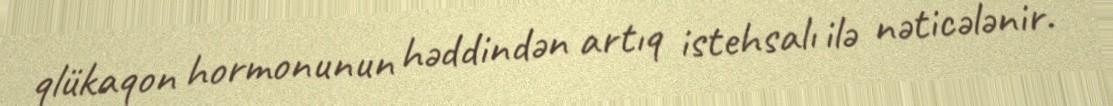
qlükaqon hormonunun həddindən artıq istehsalı ilə nəticələnir.